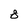
Character: 8